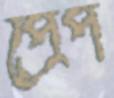
প্রেপ